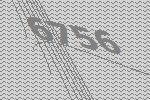
6756